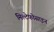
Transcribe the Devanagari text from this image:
मिल्टेफोसाइन